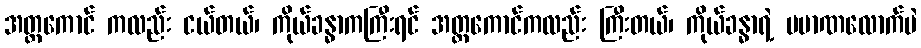
အတ္တကောင် ကလည်း ငယ်တယ်၊ ကိုယ်ခန္ဓာကကြီးရင် အတ္တကောင်ကလည်း ကြီးတယ်၊ ကိုယ်ခန္ဓာရဲ့ ပမာဏလောက်ပဲ